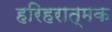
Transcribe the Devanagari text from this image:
हरिहरात्मक